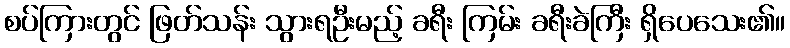
စပ်ကြားတွင် ဖြတ်သန်း သွားရဦးမည့် ခရီး ကြမ်း ခရီးခဲကြီး ရှိပေသေး၏။